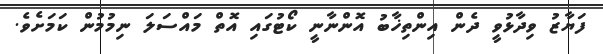
ފަޔާޒު ވިދާޅުވީ ދެން އިންތިޚާބު އޮންނާނީ ކޯޓުގައި އޮތް މައްސަލަ ނިމުމުން ކަމަށެވެ.